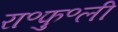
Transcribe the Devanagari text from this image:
रा॰फु॰ली